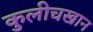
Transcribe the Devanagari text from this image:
कुलीचखान